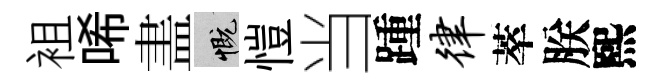
袓唏𥁞慨愷当踵律萃朕熙